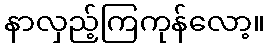
နာလှည့်ကြကုန်လော့။